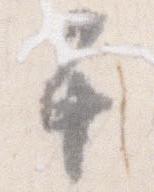
于